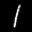
Label: 1